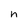
Character: n